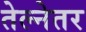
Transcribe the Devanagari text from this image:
तेल्नेतर